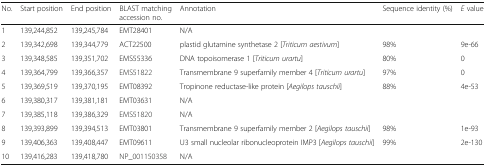
<table><thead><tr><td><b>No.</b></td><td><b>Start position</b></td><td><b>End position</b></td><td><b>BLAST matching accession no.</b></td><td><b>Annotation</b></td><td><b>Sequence identity (%)</b></td><td><b><i>E</i> value</b></td></tr></thead><tbody><tr><td>1</td><td>139,244,852</td><td>139,245,784</td><td>EMT28401</td><td>N/A</td><td></td><td></td></tr><tr><td>2</td><td>139,342,698</td><td>139,344,779</td><td>ACT22500</td><td>plastid glutamine synthetase 2 [<i>Triticum aestivum</i>]</td><td>98%</td><td>9e-66</td></tr><tr><td>3</td><td>139,348,585</td><td>139,351,702</td><td>EMS55336</td><td>DNA topoisomerase 1 [<i>Triticum urartu</i>]</td><td>80%</td><td>0</td></tr><tr><td>4</td><td>139,364,799</td><td>139,366,357</td><td>EMS51822</td><td>Transmembrane 9 superfamily member 4 [<i>Triticum urartu</i>]</td><td>97%</td><td>0</td></tr><tr><td>5</td><td>139,369,519</td><td>139,370,195</td><td>EMT08392</td><td>Tropinone reductase-like protein [<i>Aegilops tauschii</i>]</td><td>88%</td><td>4e-53</td></tr><tr><td>6</td><td>139,380,317</td><td>139,381,181</td><td>EMT03631</td><td>N/A</td><td></td><td></td></tr><tr><td>7</td><td>139,385,118</td><td>139,386,329</td><td>EMS51820</td><td>N/A</td><td></td><td></td></tr><tr><td>8</td><td>139,393,899</td><td>139,394,513</td><td>EMT03801</td><td>Transmembrane 9 superfamily member 2 [<i>Aegilops tauschii</i>]</td><td>98%</td><td>1e-93</td></tr><tr><td>9</td><td>139,406,363</td><td>139,408,447</td><td>EMT09611</td><td>U3 small nucleolar ribonucleoprotein IMP3 [<i>Aegilops tauschii</i>]</td><td>99%</td><td>2e-130</td></tr><tr><td>10</td><td>139,416,283</td><td>139,418,780</td><td>NP_001150358</td><td>N/A</td><td></td><td></td></tr></tbody></table>